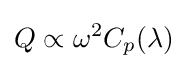
Q\propto \omega ^{2}C_{p}(\lambda )